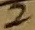
Text: 2